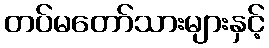
တပ်မတော်သားများနှင့်